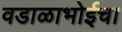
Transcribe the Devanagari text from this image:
वडाळाभोईचा